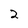
Character: 2